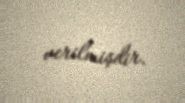
verilmişdir.